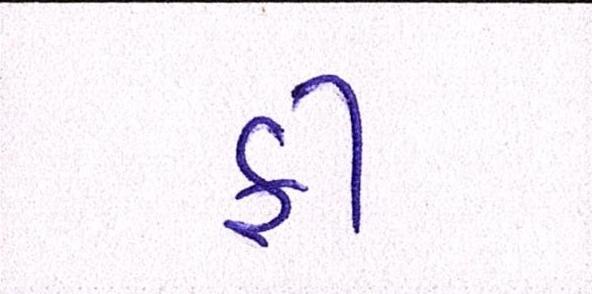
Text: ફી